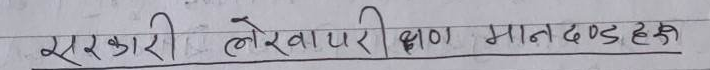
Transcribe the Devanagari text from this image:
सरकारी लेखापरीक्षण मापदण्ड हरू